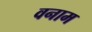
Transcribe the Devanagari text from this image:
वनाम